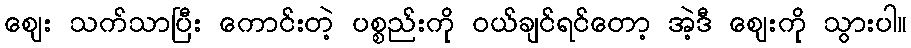
ဈေး သက်သာပြီး ကောင်းတဲ့ ပစ္စည်းကို ဝယ်ချင်ရင်တော့ အဲ့ဒီ ဈေးကို သွားပါ။